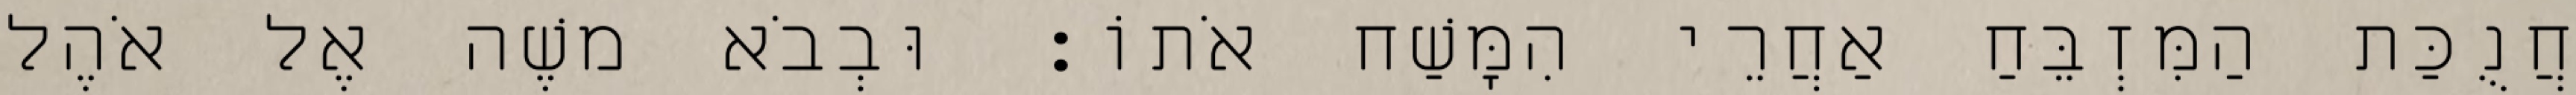
חֲנֻכַּת הַמִּזְבֵּחַ אַחֲרֵי הִמָּשַׁח אֹתוֹ׃ וּבְבֹא משֶׁה אֶל אֹהֶל